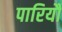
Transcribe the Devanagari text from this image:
पारियौ